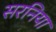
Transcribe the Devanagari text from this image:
सरनिया